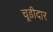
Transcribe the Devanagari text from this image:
चूडीदार